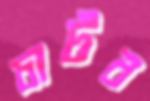
চাটব